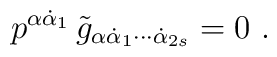
p^{\alpha\dot\alpha_1}\, \tilde g_{\alpha\dot\alpha_1\cdots\dot\alpha_{2s}}=0\ .